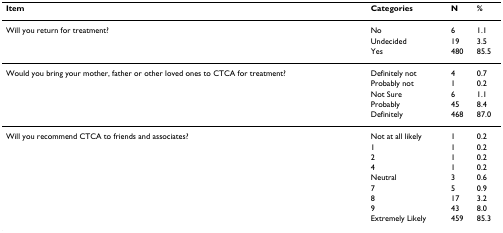
| Item | Categories | N | % |
 | --- | --- | --- | --- |
 | Will you return for treatment? | No | 6 | 1.1 |
 |  | Undecided | 19 | 3.5 |
 |  | Yes | 480 | 85.5 |
 | Would you bring your mother, father or other loved ones to CTCA for treatment? | Definitely not | 4 | 0.7 |
 |  | Probably not | 1 | 0.2 |
 |  | Not Sure | 6 | 1.1 |
 |  | Probably | 45 | 8.4 |
 |  | Definitely | 468 | 87.0 |
 | Will you recommend CTCA to friends and associates? | Not at all likely | 1 | 0.2 |
 |  | 1 | 1 | 0.2 |
 |  | 2 | 1 | 0.2 |
 |  | 4 | 1 | 0.2 |
 |  | Neutral | 3 | 0.6 |
 |  | 7 | 5 | 0.9 |
 |  | 8 | 17 | 3.2 |
 |  | 9 | 43 | 8.0 |
 |  | Extremely Likely | 459 | 85.3 |